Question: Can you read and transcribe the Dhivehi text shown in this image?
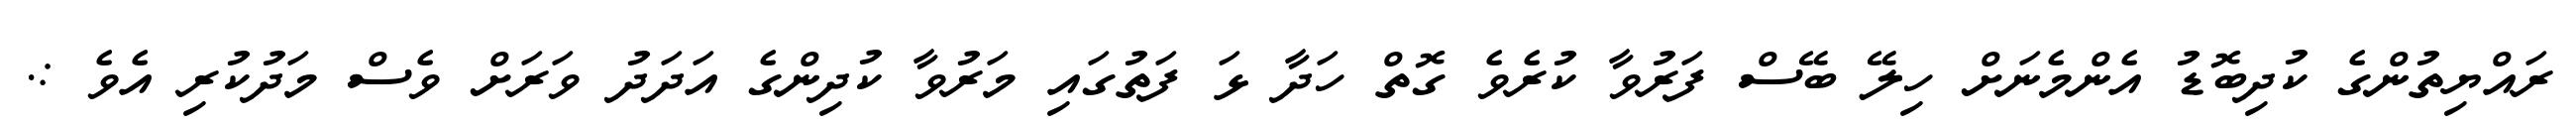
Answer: ރައްޔިތުންގެ ކުދިބޮޑު އެންމެނަށް ހިލޭ ބޭސް ފަރުވާ ކުރެވެ ގޮތް ހަދާ ޅަ ފަތުގައި މަރުވާ ކުދިންގެ އަދަދު ވަރަށް ވެސް މަދުކުރި އެވެ :.